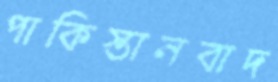
পাকিস্তানবাদ